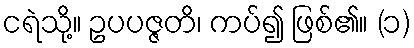
ငရဲသို့။ ဥပပဇ္ဇတိ၊ ကပ်၍ ဖြစ်၏။ (၁)